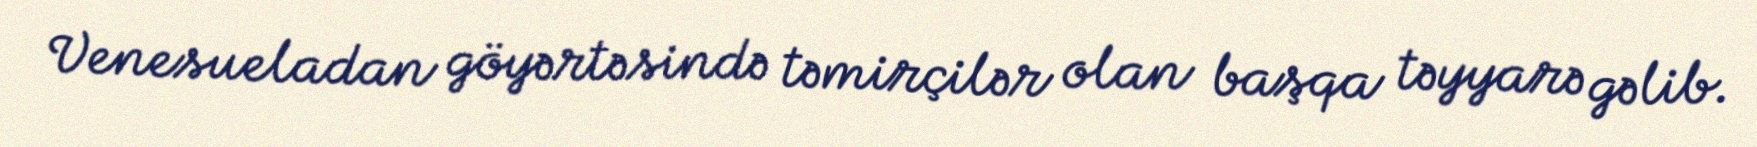
Venesueladan göyərtəsində təmirçilər olan başqa təyyarə gəlib.